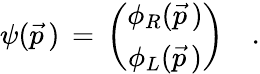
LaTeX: \psi(\vec{p}\, )\, =\, \left(\begin{array}{cc}{{\phi_{R}(\vec{p}\, )}}\\ {{\phi_{L}(\vec{p}\, )}}\end{array}\right)\quad.